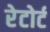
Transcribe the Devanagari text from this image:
रेटोर्ट